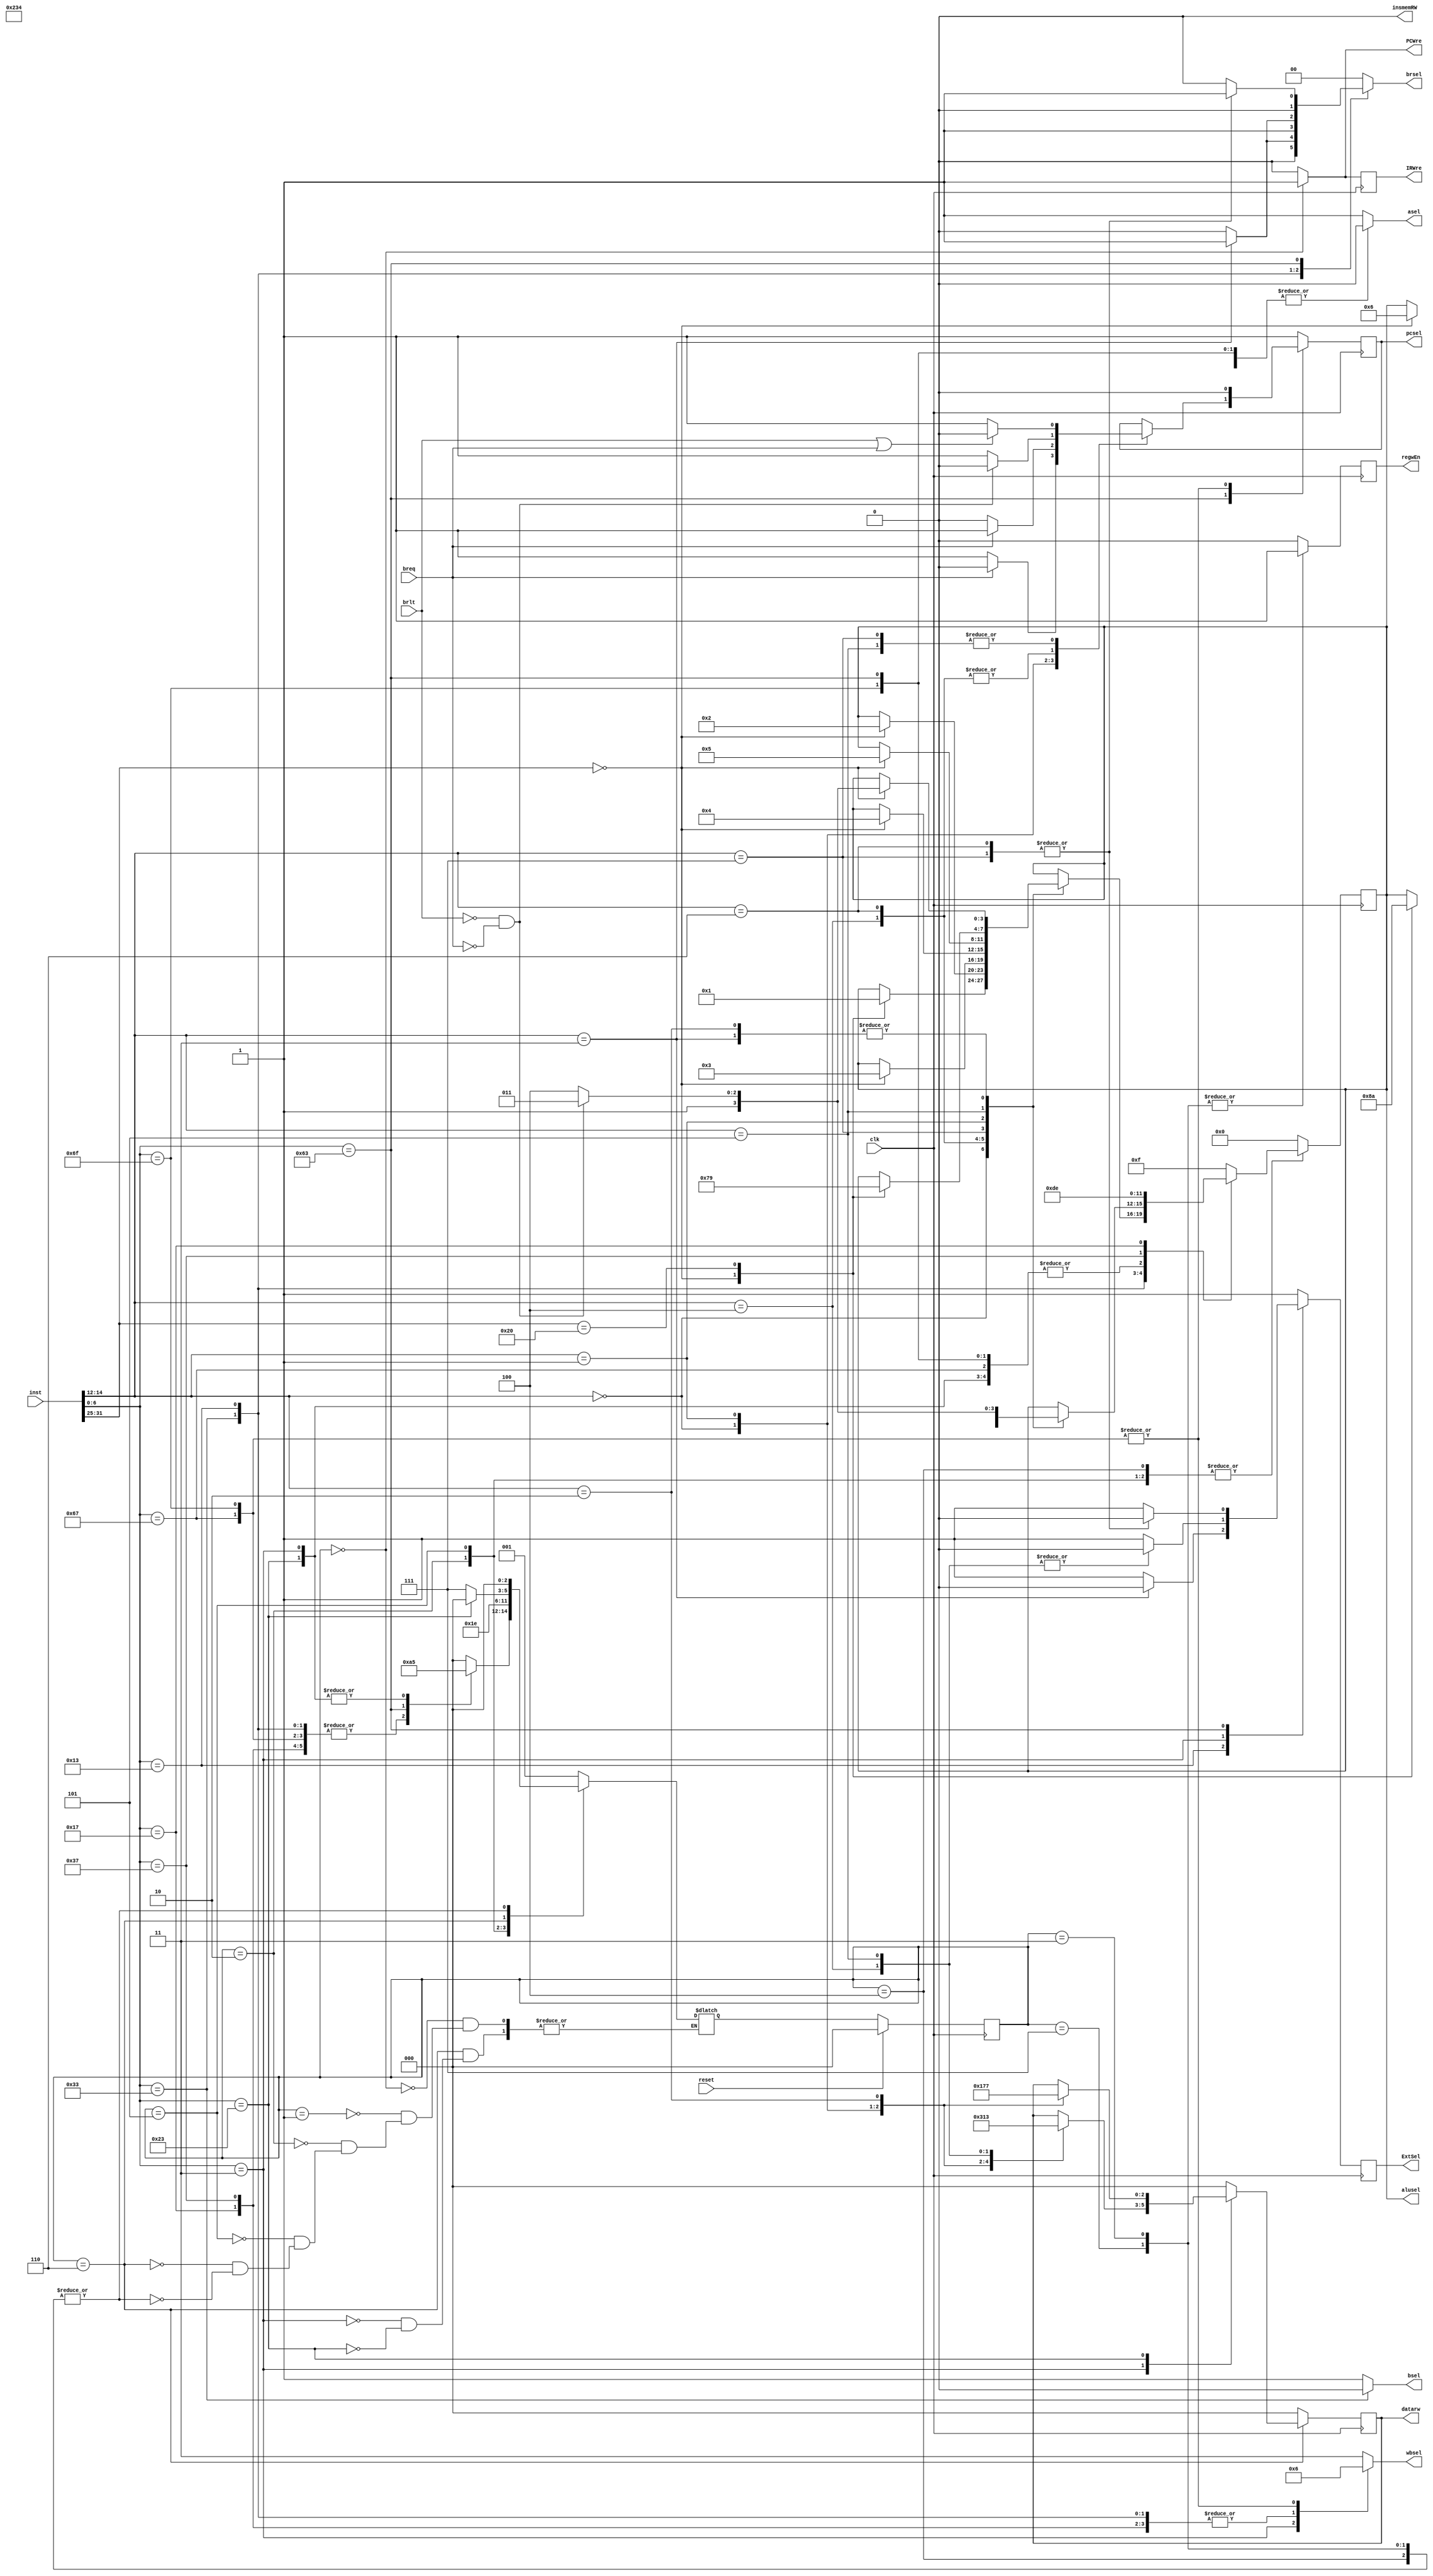
`timescale 1ns / 1ps
module ControlUnit(
    input clk,
    input reset,
    input breq,
    input brlt,
    input [31:0] inst,
    output reg PCWre,
    output reg IRWre,
    output reg ExtSel,
    output reg insmemRW,
    output reg regwEn,
    output reg pcsel,
    output reg asel,
    output reg bsel,
    output reg [1:0] wbsel,
    output reg [1:0] brsel,
    output reg [2:0] datarw,
    output reg [3:0] alusel
    );

    reg [2:0] state;
    reg [2:0] next_state;
    parameter [2:0] IF = 3'b000,
                    ID = 3'b001,
                    EXE_010 = 3'b010,
                    WB_011 = 3'b011,
                    EXE_100 = 3'b100,
                    EXE_101 = 3'b101,
                    MEM_110 = 3'b110,
                    WB_111 = 3'b111;
    
    initial begin
        state <= IF;
        next_state <= ID;
        PCWre <= 0;
        IRWre <= 1;
        ExtSel <= 1;
        insmemRW <= 0;
        regwEn <= 0;
        pcsel <= 1;
        asel <= 1;
        bsel <= 0;
        wbsel <= 3;
        brsel <= 0;
        datarw <= 0;
        alusel <= 15;
    end

    always @(posedge clk) begin
        if(reset) state <= IF;
        else begin
            state <= next_state;
        end
    end

    // next_state
    always @(*) begin
        case (state)
            IF: next_state <= ID;
            ID: begin
                case (inst[6:0])
                    7'b011_0011,
                    7'b001_0011,
                    7'b110_1111,
                    7'b110_0111,
                    7'b011_0111,
                    7'b001_0111: next_state <= EXE_010;
                    7'b110_0011: next_state <= EXE_100;
                    7'b000_0011,
                    7'b010_0011: next_state <= EXE_101;
                    default: next_state <= IF;
                endcase
            end
            EXE_010: next_state <= WB_011;
            EXE_101: next_state <= MEM_110;
            MEM_110: begin
                case (inst[6:0])
                    7'b000_0011: next_state <= WB_111;
                    7'b010_0011: next_state <= IF;
                endcase
            end
            WB_011,
            EXE_100,
            WB_111: next_state <= IF;
            default: next_state <= IF;
        endcase
    end


    // insmemRW
    always @(posedge clk) begin
        insmemRW <= 0;
    end

    // regwEn
    always @(negedge clk) begin
        case (state)
            WB_011,
            WB_111: regwEn <= 1;
            default: regwEn <= 0;
        endcase
    end

    // PCWre - IF negedge write
    always @(state) begin
        case (state)
            IF: PCWre <= 1;
            default: PCWre <= 0;
        endcase
    end

    // IRWre
    always @(negedge clk) begin
        case (state)
            IF: IRWre <= 1;
            default: IRWre <= 0;
        endcase
    end

    // ExtSel
    always @(posedge clk) begin
        case (inst[6:0])
            7'b001_0011: begin
                case (inst[14:12])
                    3'b011: ExtSel <= 0;        // sltiu
                    default: ExtSel <= 1;
                endcase
            end
            7'b000_0011: begin
                case (inst[14:12])
                    3'b100,
                    3'b101: ExtSel <= 0;        // lbu,lhu
                    default: ExtSel <= 1;
                endcase
            end
            7'b110_0011: begin
                case (inst[14:12])
                    3'b110,
                    3'b111: ExtSel <= 0;        // bltu,bgeu
                    default: ExtSel <= 1;
                endcase
            end
            default: ExtSel <= 1;
        endcase
    end

    // pcsel
    always @(posedge clk) begin
        case (inst[6:0])
            7'b110_0011: begin
                case (inst[14:12])
                    3'b000: begin
                        if(breq==1) pcsel <= 0;
                        else pcsel <= 1;
                    end
                    3'b001: begin
                        if(breq==0) pcsel <= 0;
                        else pcsel <= 1;
                    end
                    3'b100,
                    3'b110: begin
                        if(brlt==0 && breq==0) pcsel <= 0;
                        else pcsel <= 1;
                    end
                    3'b101,
                    3'b111: begin
                        if(brlt==1 || breq==1) pcsel <= 0;
                        else pcsel <= 1;
                    end
                endcase
            end
            7'b110_1111,
            7'b110_0111: pcsel <= 0;
            default: pcsel <= 1;
        endcase
    end

    // asel
    always @(*) begin
        case (inst[6:0])
            7'b110_0011,
            7'b110_1111,
            7'b001_0111: asel <= 0;
            default: asel <= 1;
        endcase
    end

    // bsel
    always @(*) begin
        case (inst[6:0])
            7'b011_0011: bsel <= 0;
            default: bsel <= 1;
        endcase
    end

    // wbsel
    always @(*) begin
        case (inst[6:0])
            7'b000_0011: wbsel <= 2'b00;
            7'b011_0011,
            7'b001_0011,
            7'b011_0111,
            7'b001_0111: wbsel <= 2'b01;
            7'b110_1111,
            7'b110_0111: wbsel <= 2'b10;
            default: wbsel <= 2'b11;
        endcase
    end

    // brsel
    always @(*) begin
        case (inst[6:0])
            7'b011_0011: 
                case (inst[14:12])
                    3'b010: brsel <= 2'b00;
                    3'b011: brsel <= 2'b01;
                    default: brsel <= 2'b00;
                endcase
            7'b001_0011:
                case (inst[14:12])
                    3'b010: brsel <= 2'b10;
                    3'b011: brsel <= 2'b11;
                    default: brsel <= 2'b10;
                endcase
            7'b110_0011:
                case (inst[14:12])
                    3'b110,
                    3'b111: brsel <= 2'b01;
                    default: brsel <= 2'b00;
                endcase
            default: brsel <= 2'b00;
        endcase
    end

    // datarw
    always @(posedge clk) begin
        case (state)
            MEM_110: begin
                case (inst[6:0])
                    7'b000_0011:
                        case (inst[14:12])
                            3'b000: datarw <= 3'b000;
                            3'b001: datarw <= 3'b001;
                            3'b010: datarw <= 3'b100;
                            3'b100: datarw <= 3'b010;
                            3'b101: datarw <= 3'b011;
                        endcase
                    7'b010_0011: 
                        case (inst[14:12])
                            3'b000: datarw <= 3'b101;
                            3'b001: datarw <= 3'b110;
                            3'b010: datarw <= 3'b111;
                        endcase
                    default: datarw <= 3'b000;
                endcase
            end
            default: datarw <= 3'b000;
        endcase
    end

    // alusel
    always @(negedge clk) begin
        case (state)
            EXE_010,
            EXE_100,
            EXE_101: begin
            case (inst[6:0])
                7'b011_0011:
                    case (inst[14:12])
                        3'b000: 
                            case (inst[31:25])
                                7'b000_0000: alusel <= 4'b0000;
                                7'b010_0000: alusel <= 4'b0001;
                            endcase
                        3'b100:
                            case (inst[31:25])
                                7'b000_0000: alusel <= 4'b0010;
                            endcase
                        3'b110:
                            case (inst[31:25])
                                7'b000_0000: alusel <= 4'b0011;
                            endcase
                        3'b111:
                            case (inst[31:25])
                                7'b000_0000: alusel <= 4'b0100;
                            endcase
                        3'b001:
                            case (inst[31:25])
                                7'b000_0000: alusel <= 4'b0101;
                            endcase
                        3'b101:
                            case (inst[31:25])
                                7'b000_0000: alusel <= 4'b0111;
                                7'b010_0000: alusel <= 4'b1001;
                            endcase
                        3'b010,
                        3'b011:
                            case (inst[31:25])
                                7'b000_0000: begin 
                                    if(brlt==0 && breq==0)  alusel <= 4'b1011;
                                    else alusel <= 4'b1100;
                                end
                            endcase
                        default: alusel <= 4'b1111;
                    endcase
                7'b001_0011:
                    case (inst[14:12])
                        3'b000: alusel <= 4'b0000;
                        3'b100: alusel <= 4'b0010;
                        3'b110: alusel <= 4'b0011;
                        3'b111: alusel <= 4'b0100;
                        3'b001:
                            case (inst[31:25])
                                7'b000_0000: alusel <= 4'b0110;
                            endcase
                        3'b101:
                            case (inst[31:25])
                                7'b000_0000: alusel <= 4'b1000;
                                7'b010_0000: alusel <= 4'b1010;
                            endcase
                        3'b010,
                        3'b011: begin 
                            if(brlt==0 && breq==0)  alusel <= 4'b1011;
                            else alusel <= 4'b1100;
                        end
                        default: alusel <= 4'b1111;
                    endcase
                7'b000_0011,
                7'b010_0011,
                7'b110_0011,
                7'b110_1111,
                7'b110_0111: alusel <= 4'b0000;
                7'b011_0111: alusel <= 4'b1101;
                7'b001_0111: alusel <= 4'b1110;
                default: alusel <= 4'b1111;
            endcase
            end
            default: alusel <= 4'b0000;
        endcase
    end

endmodule